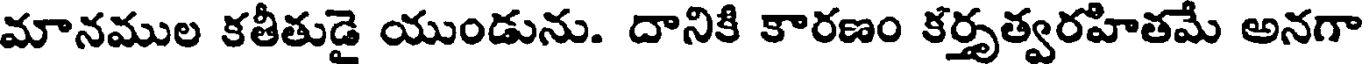
మానముల కతీతుడై యుండును. దానికి కారణం కర్తృత్వరహితమే అనగా